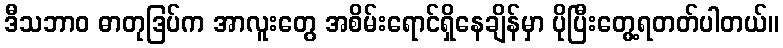
ဒီသဘာဝ ဓာတုဒြပ်က အာလူးတွေ အစိမ်းရောင်ရှိနေချိန်မှာ ပိုပြီးတွေ့ရတတ်ပါတယ်။